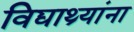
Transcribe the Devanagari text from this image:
विद्याथ्र्यांना